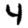
Digit: 4